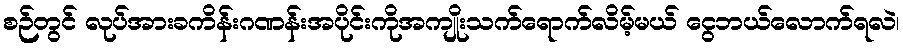
စဉ်တွင် လုပ်အားခကိန်းဂဏန်းအပိုင်းကိုအကျိုးသက်ရောက်လိမ့်မယ် ငွေဘယ်လောက်ရလဲ၊